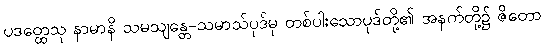
ပဒတ္ထေသု နာမာနိ သမသျန္တေ-သမာသ်ပုဒ်မှ တစ်ပါးသောပုဒ်တို့၏ အနက်တို့၌ ဇိတော